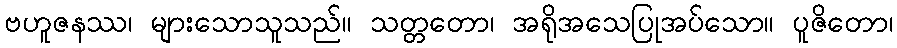
ဗဟူဇနဿ၊ များသောသူသည်။ သတ္တတော၊ အရိုအသေပြုအပ်သော။ ပူဇိတော၊